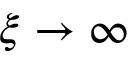
\xi \to \infty